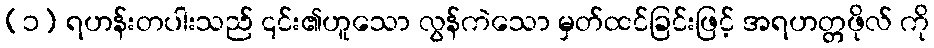
(၁) ရဟန်းတပါးသည် ၎င်း၏ဟူသော လွန်ကဲသော မှတ်ထင်ခြင်းဖြင့် အရဟတ္တဖိုလ် ကို